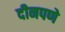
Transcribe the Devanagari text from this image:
दीनपणे